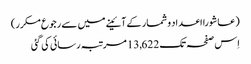
(عاشورا اعداد و شمار کے آئینے میں سے رجوع مکرر)
اِس صفحہ تک 13,622 مرتبہ رسائی کی گئی